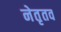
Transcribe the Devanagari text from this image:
नेतृतव